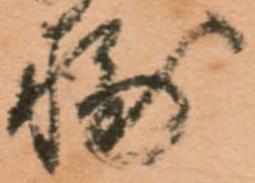
輔